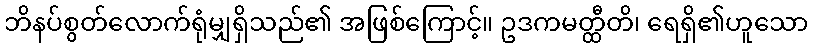
ဘိနပ်စွတ်လောက်ရုံမျှရှိသည်၏ အဖြစ်ကြောင့်။ ဥဒကမတ္ထီတိ၊ ရေရှိ၏ဟူသော